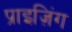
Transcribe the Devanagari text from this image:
प्राइज़िंग